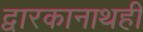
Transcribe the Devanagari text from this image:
द्वारकानाथही